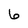
Character: 6